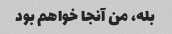
بله، من آنجا خواهم بود